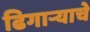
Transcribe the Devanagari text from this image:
ढिगार्‍याचे